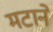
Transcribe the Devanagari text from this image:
मटाने